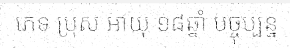
ភេទ ប្រុស អាយុ ១៨ឆ្នាំ បច្ចុប្បន្ន